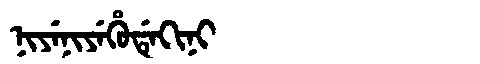
Manchu: ᠨᡳᠶᡝᠨᡳᠶᡝᡥᡠᡩᡝᡴᡳᠨᡳ
Romanization: NIYENIYEHUDEKINI